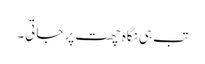
تب ہی نگاہ چھت پر جاتی۔